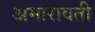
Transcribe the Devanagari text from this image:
अमारावती